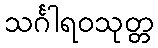
သင်္ဂါရဝသုတ္တ